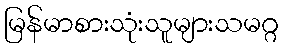
မြန်မာစားသုံးသူများသမဂ္ဂ